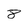
Character: 8